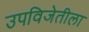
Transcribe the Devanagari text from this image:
उपविजेतीला